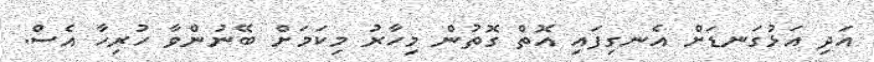
އަދި އަޅުގަނޑަށް އެނގިފައި އޮތް ގޮތުން މިހާރު މިކަމަށް ބޭނުންވާ ހުރިހާ އެސް.